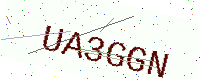
Text: UA3GGN